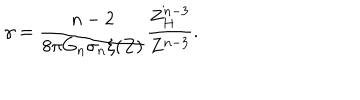
LaTeX: \gamma = \frac { n - 2 } { 8 \pi G _ { n } \sigma _ { n } \xi ( Z ) } \frac { Z _ { H } ^ { n - 3 } } { Z ^ { n - 3 } } .